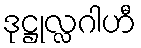
ဒုဋ္ဌုလ္လဂါဟီ